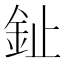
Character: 䤠